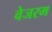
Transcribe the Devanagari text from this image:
वेजरम